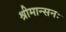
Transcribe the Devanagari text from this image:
श्रीमान्सनः